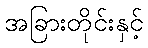
အခြားတိုင်းနှင့်